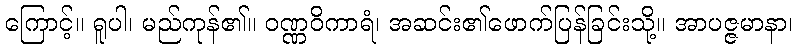
ကြောင့်။ ရူပါ၊ မည်ကုန်၏။ ဝဏ္ဏဝိကာရံ၊ အဆင်း၏ဖောက်ပြန်ခြင်းသို့။ အာပဇ္ဇမာနာ၊